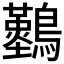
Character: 𪇠